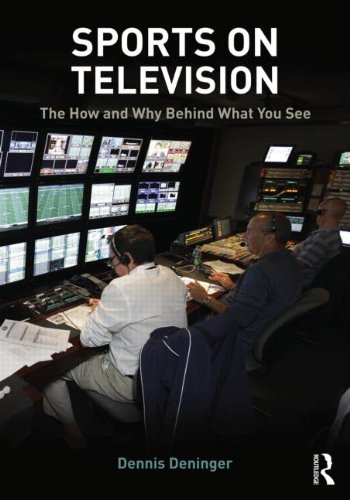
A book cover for Sports on Television: The How and Why Behind What You See; Dennis Deninger; Sports & Outdoors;